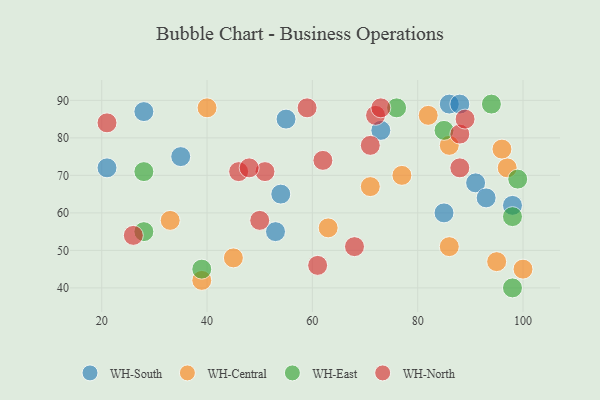
{"axis": {"x": "GDP", "y": "Life Expectancy"}, "legend": ["WH-Central", "WH-East", "WH-North", "WH-South"], "data": [{"x": "35", "y": 75, "type": "WH-South"}, {"x": "85", "y": 60, "type": "WH-South"}, {"x": "91", "y": 68, "type": "WH-South"}, {"x": "93", "y": 64, "type": "WH-South"}, {"x": "28", "y": 87, "type": "WH-South"}, {"x": "54", "y": 65, "type": "WH-South"}, {"x": "53", "y": 55, "type": "WH-South"}, {"x": "73", "y": 82, "type": "WH-South"}, {"x": "86", "y": 89, "type": "WH-South"}, {"x": "88", "y": 89, "type": "WH-South"}, {"x": "98", "y": 62, "type": "WH-South"}, {"x": "55", "y": 85, "type": "WH-South"}, {"x": "21", "y": 72, "type": "WH-South"}, {"x": "33", "y": 58, "type": "WH-Central"}, {"x": "95", "y": 47, "type": "WH-Central"}, {"x": "100", "y": 45, "type": "WH-Central"}, {"x": "77", "y": 70, "type": "WH-Central"}, {"x": "86", "y": 51, "type": "WH-Central"}, {"x": "40", "y": 88, "type": "WH-Central"}, {"x": "86", "y": 78, "type": "WH-Central"}, {"x": "97", "y": 72, "type": "WH-Central"}, {"x": "71", "y": 67, "type": "WH-Central"}, {"x": "45", "y": 48, "type": "WH-Central"}, {"x": "96", "y": 77, "type": "WH-Central"}, {"x": "39", "y": 42, "type": "WH-Central"}, {"x": "63", "y": 56, "type": "WH-Central"}, {"x": "82", "y": 86, "type": "WH-Central"}, {"x": "98", "y": 40, "type": "WH-East"}, {"x": "99", "y": 69, "type": "WH-East"}, {"x": "28", "y": 55, "type": "WH-East"}, {"x": "98", "y": 59, "type": "WH-East"}, {"x": "85", "y": 82, "type": "WH-East"}, {"x": "39", "y": 45, "type": "WH-East"}, {"x": "28", "y": 71, "type": "WH-East"}, {"x": "76", "y": 88, "type": "WH-East"}, {"x": "94", "y": 89, "type": "WH-East"}, {"x": "88", "y": 81, "type": "WH-North"}, {"x": "51", "y": 71, "type": "WH-North"}, {"x": "72", "y": 86, "type": "WH-North"}, {"x": "59", "y": 88, "type": "WH-North"}, {"x": "46", "y": 71, "type": "WH-North"}, {"x": "50", "y": 58, "type": "WH-North"}, {"x": "68", "y": 51, "type": "WH-North"}, {"x": "71", "y": 78, "type": "WH-North"}, {"x": "48", "y": 72, "type": "WH-North"}, {"x": "73", "y": 88, "type": "WH-North"}, {"x": "21", "y": 84, "type": "WH-North"}, {"x": "88", "y": 72, "type": "WH-North"}, {"x": "26", "y": 54, "type": "WH-North"}, {"x": "89", "y": 85, "type": "WH-North"}, {"x": "62", "y": 74, "type": "WH-North"}, {"x": "61", "y": 46, "type": "WH-North"}]}